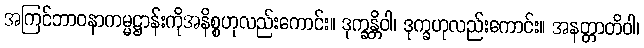
အကြင်ဘာဝနာကမ္မဋ္ဌာန်းကိုအနိစ္စဟုလည်းကောင်း။ ဒုက္ခန္တိဝါ၊ ဒုက္ခဟုလည်းကောင်း။ အနတ္တာတိဝါ၊